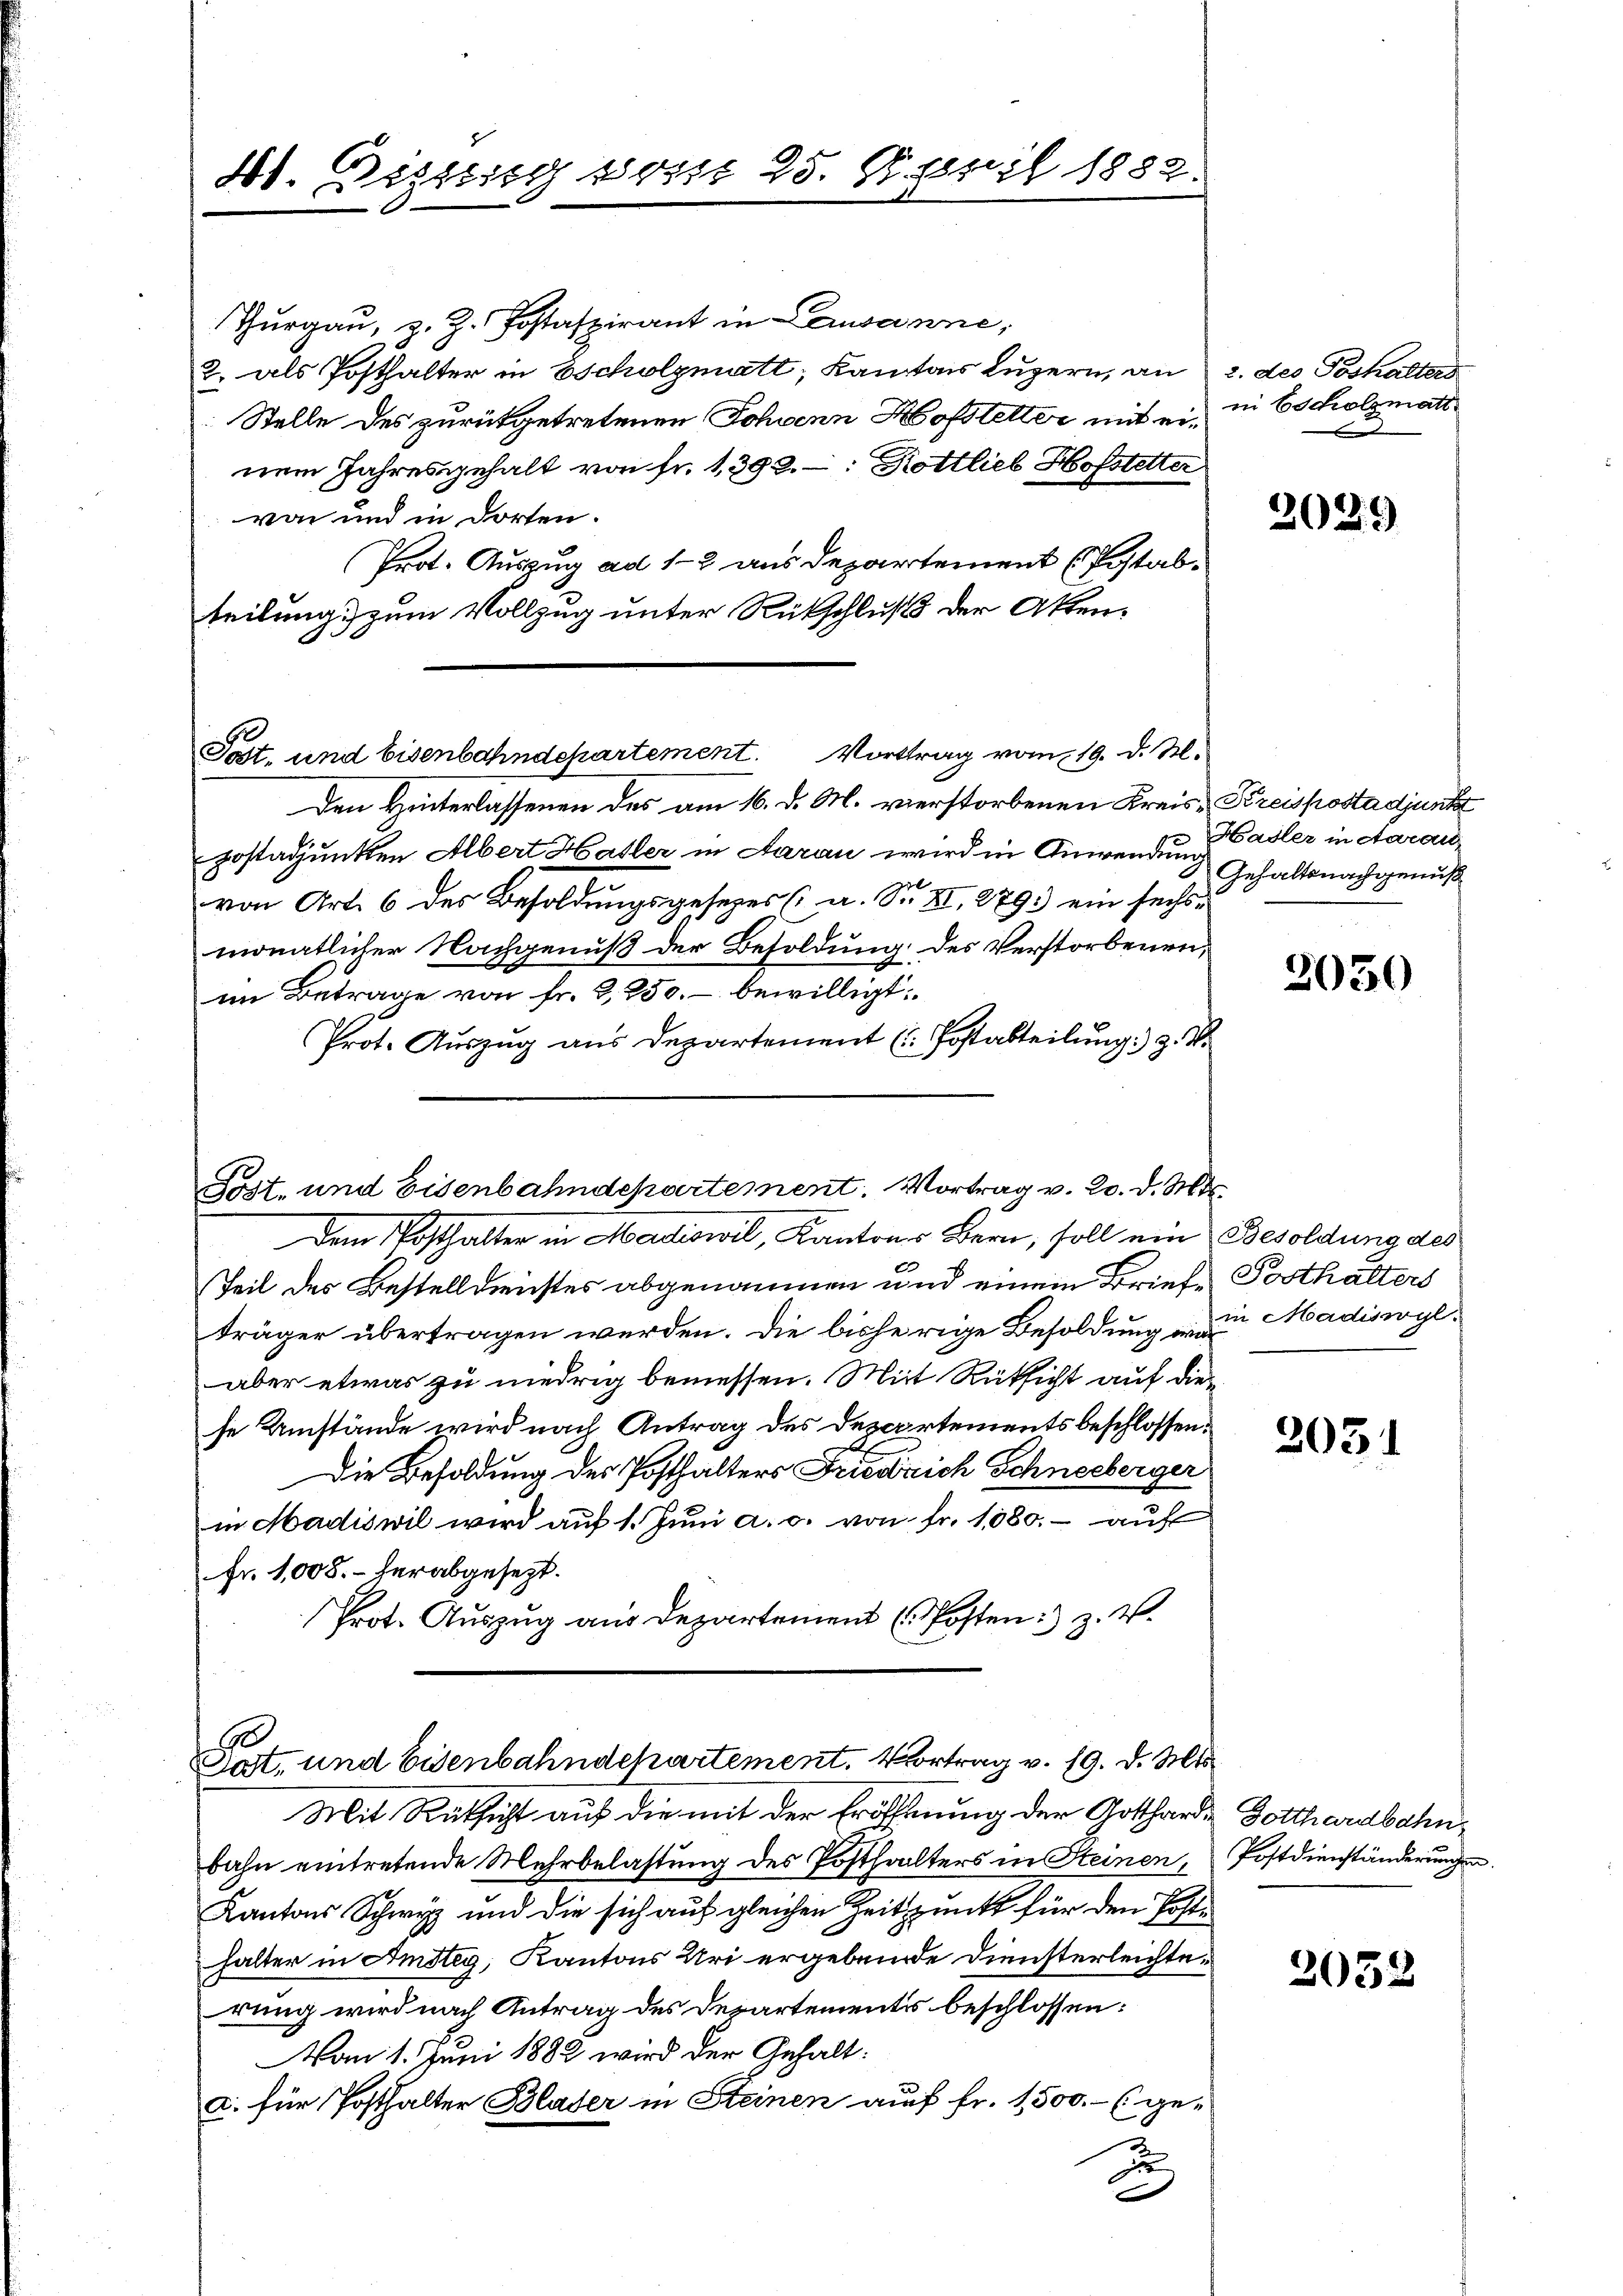
41. Dissung sonst 25. April 1832.

Den Hinterlassenen des am 16. d. M. vierstorbenen Kreis-Kreispostadjunkt
postadjunkten Albert Haller in Aarau wird in Anwendung Gehaltsnachgenußvon Art. 6 des Besoldungsgesezes (a. S. XI. 279) ein sechs
monatlicher Nachgenuß der Besoldung des Verstorbenen,
im Betrage von fr. 2, 250. – bewilligt:
Prot. Auszug aus Departement (Postabteilung) z. B.

Sost- und Eisenbahndepartement. Vortrag v. 20. d. Mts.

Thurgau, z. Z. Postaspirant in Lausanne,
2. als Posthalter in scholzmatt, Kanton Luzern, an 2. des Poshalters
Stelle des zurükgetretenen Johann Hofstetter mit einem Jahresgehalt von fr. 1398. Kottlieb Hofstetter
von und in dorten.
Prot. Auszug ad 1-2 aus Departement (Postab.
teilung zum Vollzug unter Rückschluß der Akten¬
Post- und Eisenbahndepartement. Vortrag vom 19. d. M.

6
Tat, und Eisenbahndepartement. Vortrag v. 19. d. Mts.

Dem Notthalter in Madiswil, Kantons Bern, soll ein Besoldung des
Teil des Bestelldrichtes abgenommen und einem Briefträger übertragen werden. Die bisherige Besoldung der Madiswyl
aber etwas zu niedrig bemessen. Mit Rücksicht auf diese Umstände wird nach Antrag des Departements beschlossen:
Die Besoldung des Posthalters Friedrich Schneeberger
in Hadiswil wird aŭf 1. Jŭni a. c. von fr. 1080. - auf
Fr. 1008. - herabgesezt.
Prot. Auszug aus Departement (Posten z. V.

Mit Rücksicht auf die mit der Eröffnung der Gottharde Dotthardbahn
bahn eintretende Mehrbelastung des Posthalters in Seinen,
Kantons Schwyz und die sich auf gleichen Zeitpunkt für den Posthalter in Amsteg, Kantons Uri ergebende Diensterleichterung wird nach Antrag des Departementes beschlossen:
Vom 1. Juni 1882 wird der Gehalt:
a. für Posthalter Blaser in Steinen auf fr. 1500.- (ge-
2

in Scholzmatt

2039

Hasler in Aarau

2030

Posthalters

2031

Postdienständerungen.

2052